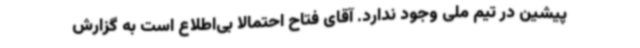
پیشین در تیم ملی وجود ندارد. آقای فتاح احتمالا بی‌اطلاع است به گزارش